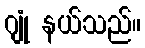
ဂျုံ နယ်သည်။